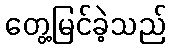
တွေ့မြင်ခဲ့သည်